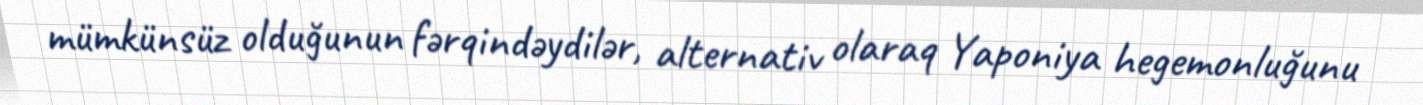
mümkünsüz olduğunun fərqindəydilər, alternativ olaraq Yaponiya hegemonluğunu